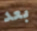
بعد